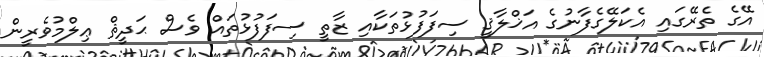
އޭގެ ތެރޭގައި އެކަލޭގެފާނުގެ އަޚްލާޤީ ސިފަފުޅުތަކާއި ޒާތީ ސިފަފުޅުތައް ވެސް ޙަދީޘް ޢިލްމުވެރީން